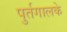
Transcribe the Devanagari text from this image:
पुर्तगालके